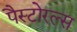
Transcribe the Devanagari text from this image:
पैस्टोरल्स